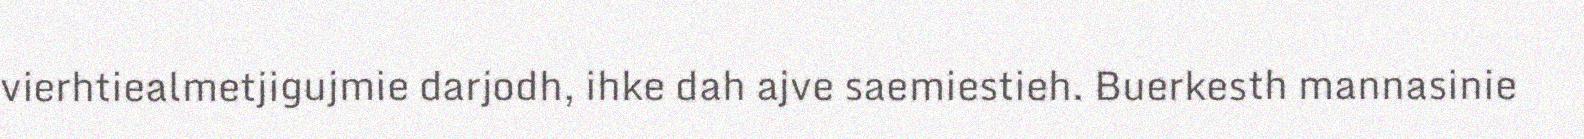
vierhtiealmetjigujmie darjodh, ihke dah ajve saemiestieh. Buerkesth mannasinie